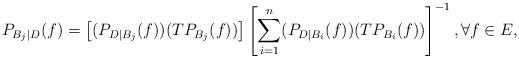
LaTeX: \begin{align*}P_{B_j\mid D}(f)=\left[(P_{D\mid B_j}(f))(TP_{B_j}(f))\right] \left[\sum_{i=1}^n (P_{D\mid B_i}(f))(TP_{B_i}(f))\right]^{-1},\forall f\in E, \end{align*}